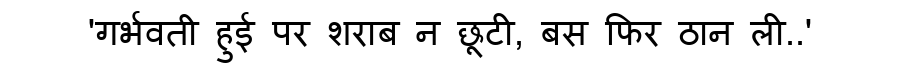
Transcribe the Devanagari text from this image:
'गर्भवती हुई पर शराब न छूटी, बस फिर ठान ली..'